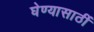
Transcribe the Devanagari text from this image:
घेण्यासाठीं